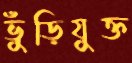
ভুঁড়িযুক্ত